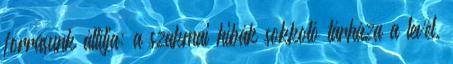
forrásunk állítja: a szakmai hibák sokkoló tárháza a levél.